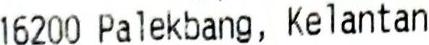
16200 PALEKBANG, KELANTAN